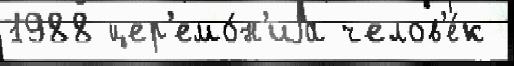
1988 цер'емо́н'иjа челов'е́к